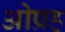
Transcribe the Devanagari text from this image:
ओप्रह